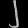
Digit: ၂